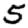
Digit: 5